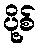
ပို့စ်